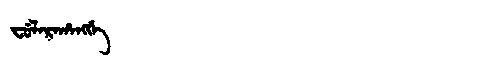
Manchu: ᠸᡠᠯᠠᡵᠠᡥᠠᠩᡤᡝ
Romanization: FULARAHANGGE